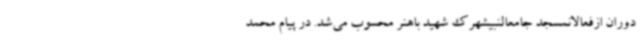
دوران ازفعالانمسجد جامعالنبیشهرک شهید باهنر محسوب می‌شد. در پیام محمد